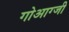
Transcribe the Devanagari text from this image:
गोआग्जी